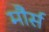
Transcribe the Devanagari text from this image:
मौर्स